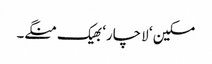
مسکین ‘ لاچار‘ بھیک منگے۔